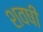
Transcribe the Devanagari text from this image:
शवषी